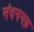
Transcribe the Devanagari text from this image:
नंदनगढ़